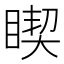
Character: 𱳃